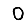
Digit: 0